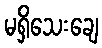
မရှိသေးချေ